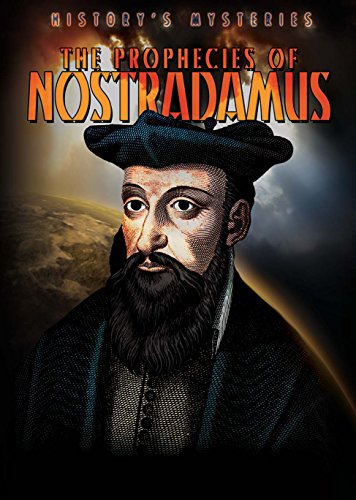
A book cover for The Prophecies of Nostradamus (History's Mysteries); Ryan Nagelhout; Children's Books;